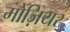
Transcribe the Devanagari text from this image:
मोज़ियर